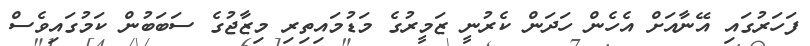
ފަހަރުގައި އޭނާއަށް އެހެން ހަދަން ކެރުނީ ޒަމީރުގެ މަޑުމައިތިރި މިޒާޖުގެ ސަބަބުން ކަމުގައިވެސް